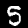
Digit: 5